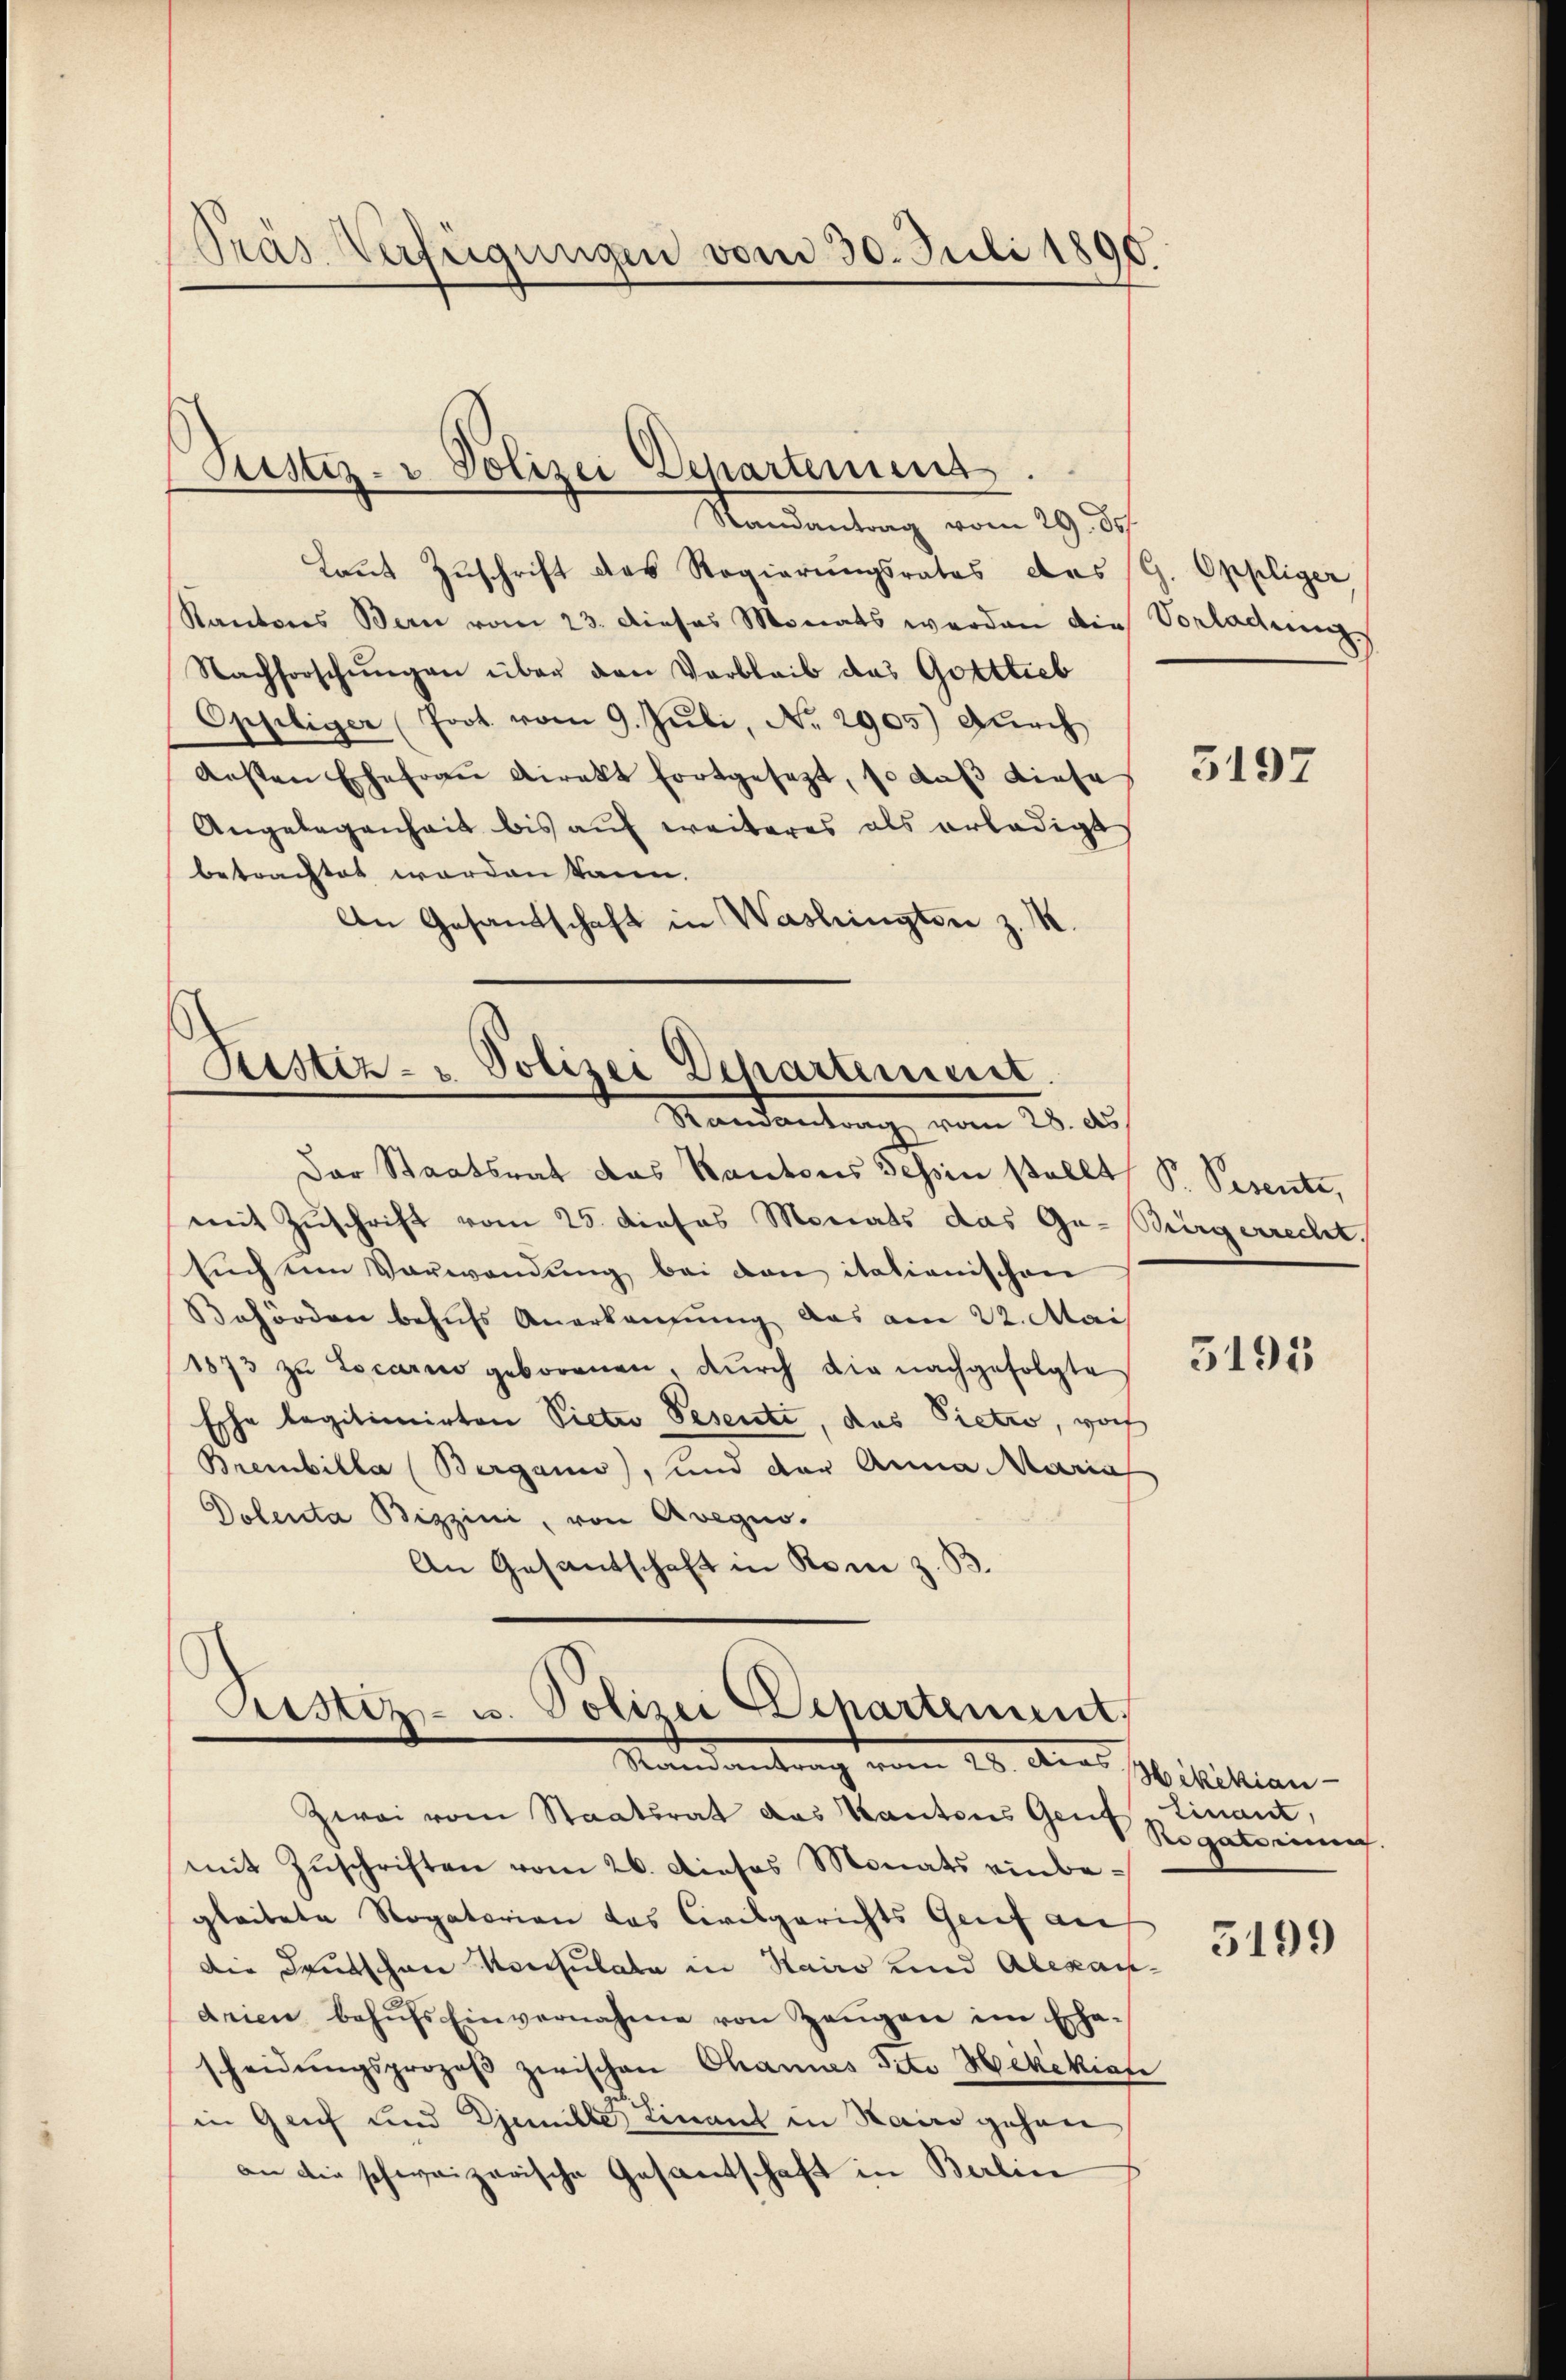
Pras Verfügungen vom 30. Juli 1896.

Justiz- & Polizei Departenins

Mandantung vom 29. d.
Laut Zuschrift des Regierungsrates das (G. Oppliger,
Kantons Bern vom 23. dieses Monats werden die Vorladung
Nachforschŭngen über den Verbleib das Gottlieb
Oppliger (Joot. vom 9. Juli, No. 2905) durch
ersten Ehefrau Direkt fortgesezt, so daß diese
Angelegenheit bis auf weiteres als erledigt
betrachtet worden kann.
An Gesandtschaft in Washingten z. R.

Justiz- u. Polizei Departement.
Mandantung vom 25. des

Der Staatsrat das Kantons Tessin stellt P. Pesente,
mit Zuschrift vom 25. dieses Monats das Ga-Bürgerrecht,
süchten Vorwandŭng bei den italienischen
Behörden behufs Anerkennung das am 22. Mai
1873 zu Locarno geborenen, dŭrch die nachgefolgte
Esche legitionirten Vieter Pesenti, das Pietio, noch
Breebilla (Berganis), und der Anna Maria
Dolenta Bizzini, von Avegino.
An Gesantschaft in Rom z. B.

Justiz- u. Polizei Departement,
Randantrag vom 20. Der Militian-

Zwai vom Staatsrat das Kantons Genf, Einant,
mit Zŭschriften vom 26. Dieses Monats einbegleitete Rogatorien das Civilgerichts Genf auf
Die Deutschen Konsulata in Hairo und Alexandrien behŭfs Einvernahme von Zeŭgen im Ehe-
scheidŭngsprozeβ zwischen Channes Tito Hekekiati
in Genf und Djemille Linant in Hairo gehen
an die schweizerische Gesandtschaft in Berlin

3197

5195

dergati

3199